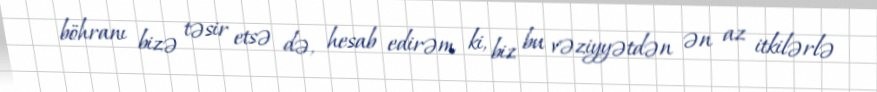
böhranı bizə təsir etsə də, hesab edirəm ki, biz bu vəziyyətdən ən az itkilərlə